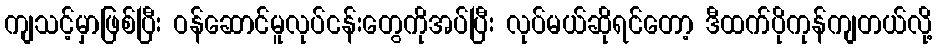
ကျသင့်မှာဖြစ်ပြီး ဝန်ဆောင်မူလုပ်ငန်းတွေကိုအပ်ပြီး လုပ်မယ်ဆိုရင်တော့ ဒီထက်ပိုကုန်ကျတယ်လို့